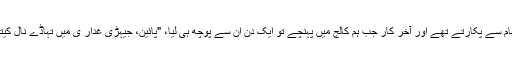
ظہیر صاحب ہمیشہ ہمیں اسی نام سے پکارتے تھے اور آخر کار جب ہم کالج میں پہنچے تو ایک دن ان سے پوچھ ہی لیا، "پائین، جیہڑی غدار ی میں تہاڈے نال کیتی اے، اوہ کسے نوں دسنا ناں"۔